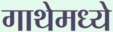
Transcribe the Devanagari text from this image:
गाथेमध्ये